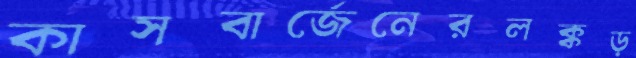
কাসবার্জেনেরলক্কড়